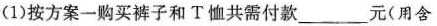
(1)按方案一购买裤子和T恤共需付款___元(用含